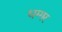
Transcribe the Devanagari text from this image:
धग्गर